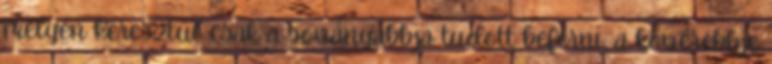
melyen keresztül csak a soványabbja tudott beférni, a kövérebbje